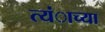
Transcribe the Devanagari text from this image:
त्यंाच्या